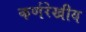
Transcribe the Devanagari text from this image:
कर्णरेखीय